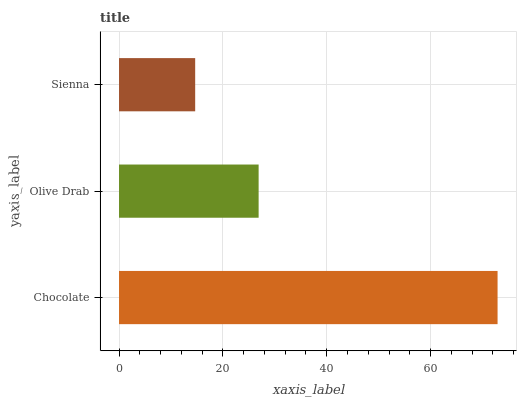
| yaxis_label | bars |
 | --- | --- |
 | Chocolate | 72.9 |
 | Olive Drab | 26.9 |
 | Sienna | 14.7 |